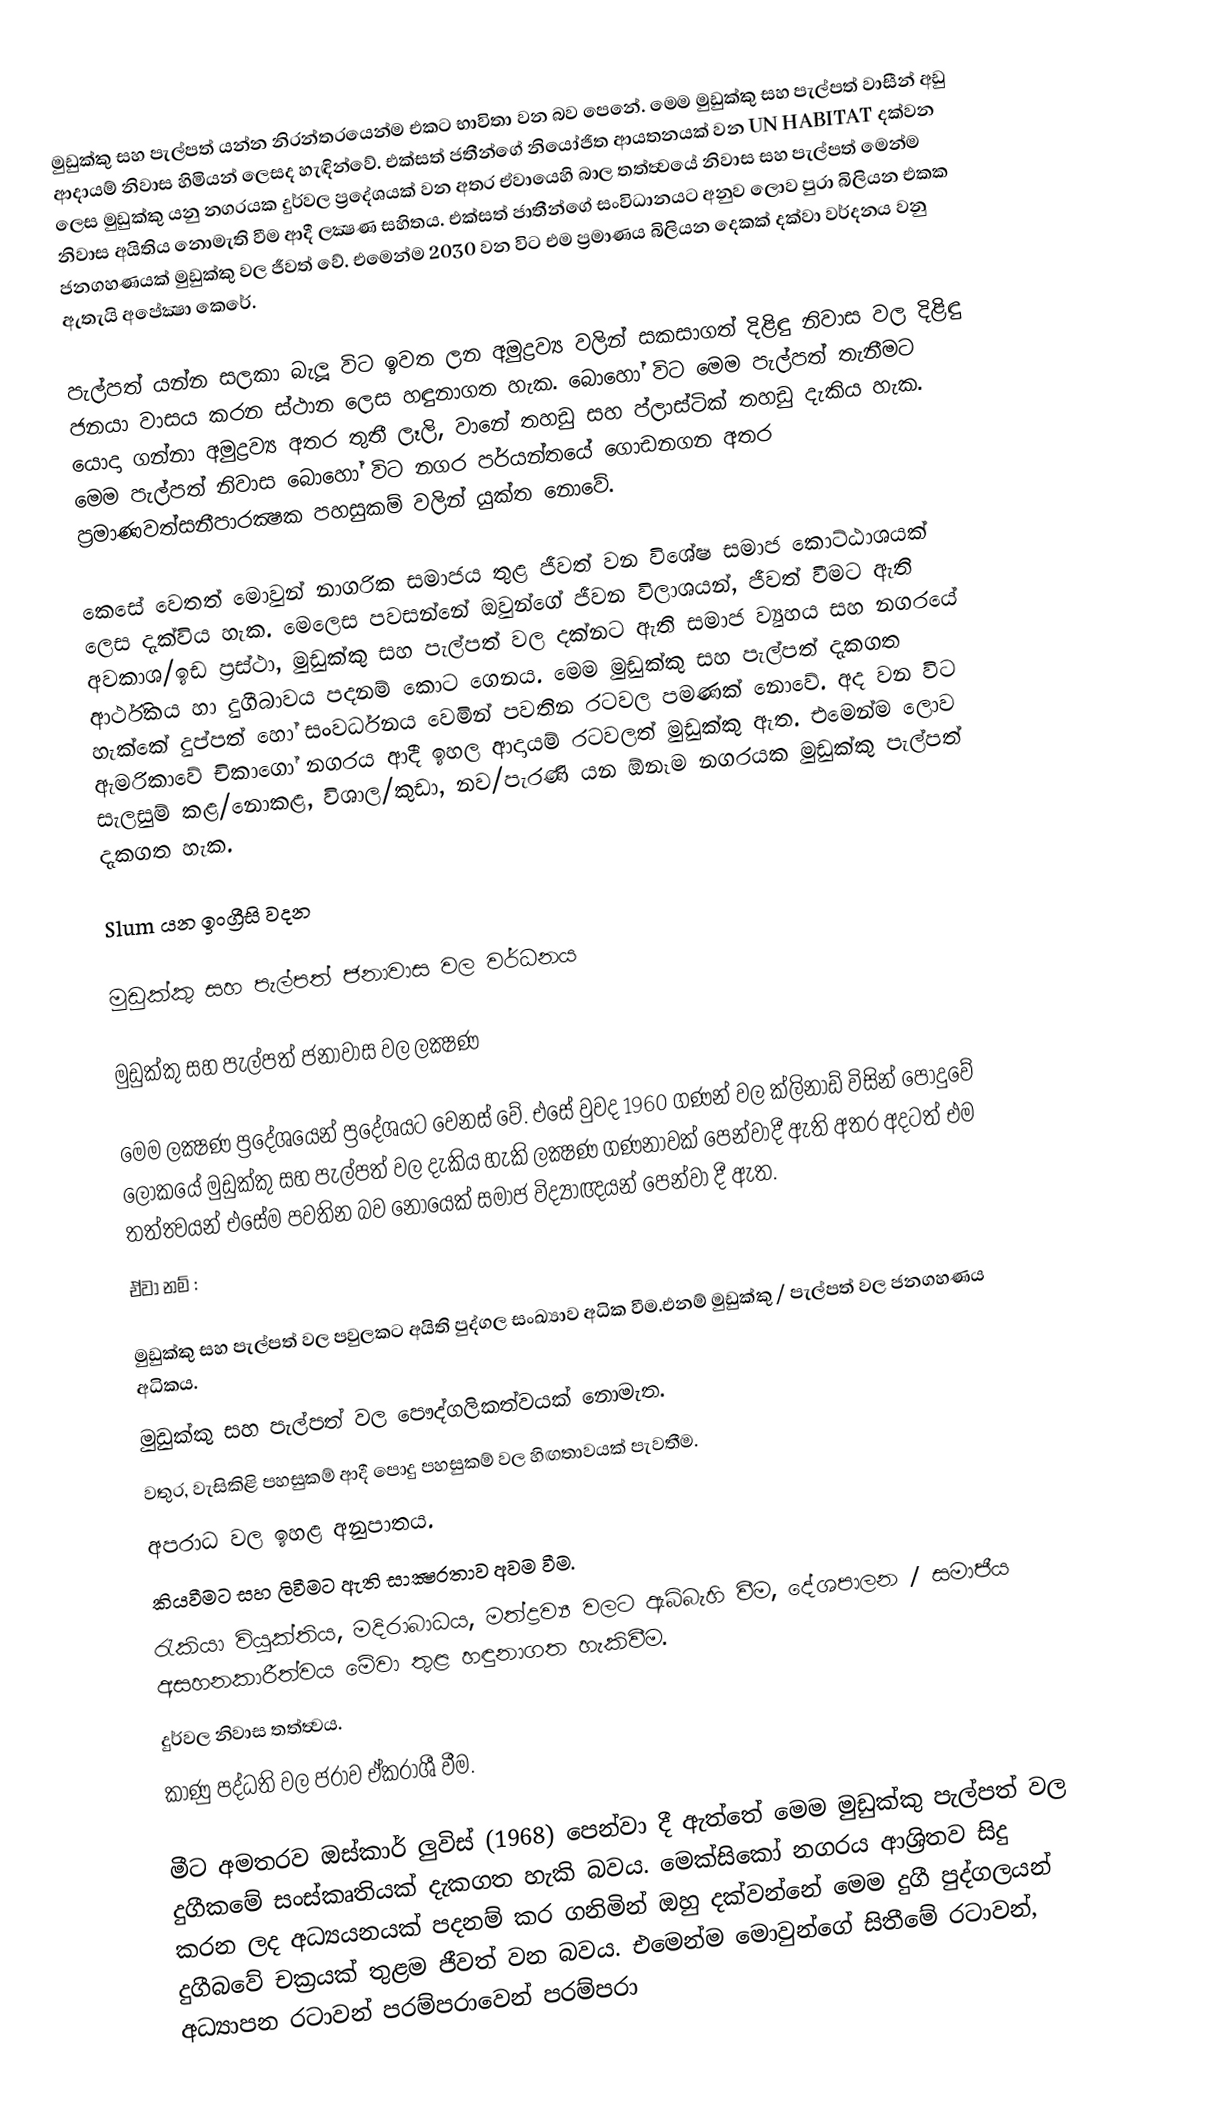
මුඩුක්කු සහ පැල්පත් යන්න නිරන්තරයෙන්ම එකට භාවිතා වන බව පෙනේ. මෙම මුඩුක්කු සහ පැල්පත් වාසීන් අඩු ආදායම් නිවාස හිමියන් ලෙසද හැඳින්වේ. එක්සත් ජතීන්ගේ නියෝජිත ආයතනයක් වන UN HABITAT දක්වන ලෙස මුඩුක්කු යනු නගරයක දුර්වල ප්‍රදේශයක් වන අතර ඒවායෙහි බාල තත්ත්‍වයේ නිවාස සහ පැල්පත් මෙන්ම නිවාස අයිතිය නොමැති වීම ආදී ලක්‍ෂණ සහිතය. එක්සත් ජාතීන්ගේ සංවිධානයට අනුව ලොව පුරා බිලියන එකක ජනගහණයක් මුඩුක්කු වල ජීවත් වේ. එමෙන්ම 2030 වන විට එම ප්‍රමාණය බිලියන දෙකක් දක්වා වර්දනය වනු ඇතැයි අපේක්‍ෂා කෙරේ.

පැල්පත් යන්න සලකා බැලූ විට ඉවත ලන අමුද්‍රව්‍ය වලින් සකසාගත් දිළිඳු නිවාස වල දිළිඳු ජනයා වාසය කරන ස්ථාන ලෙස හඳුනාගත හැක. බොහෝ විට මෙම පැල්පත් තැනීමට යොදා ගන්නා අමුද්‍රව්‍ය අතර තුතී ලෑලි, වානේ තහඩු සහ ප්ලාස්ටික් තහඩු දැකිය හැක. මෙම පැල්පත් නිවාස බොහෝ විට නගර පර්යන්තයේ ගොඩනගන අතර ප්‍රමාණවත්සනීපාරක්‍ෂක පහසුකම් වලින් යුක්ත නොවේ.

කෙසේ වෙතත් මොවුන් නාගරික සමාජය තුළ ජීවත් වන විශේෂ සමාජ කොට්ඨාශයක් ලෙස දැක්විය හැක. මෙලෙස පවසන්නේ ඔවුන්ගේ ජීවන විලාශයන්, ජීවත් වීමට ඇති අවකාශ/ඉඩ ප්‍රස්ථා, මුඩුක්කු සහ පැල්පත් වල දක්නට ඇති සමාජ ව්‍යුහය සහ නගරයේ ආර්ථිකය හා දුගීබාවය පදනම් කොට ගෙනය. මෙම මුඩුක්කු සහ පැල්පත් දැකගත හැක්කේ දුප්පත් හෝ සංවර්ධනය වෙමින් පවතින රටවල පමණක් නොවේ. අද වන විට ඇමරිකාවේ චිකාගෝ නගරය ආදී ඉහල ආදායම් රටවලත් මුඩුක්කු ඇත. එමෙන්ම ලොව සැලසුම් කළ/නොකළ, විශාල/කුඩා, නව/පැරණි යන ඕනෑම නගරයක මුඩුක්කු පැල්පත් දැකගත හැක.

Slum යන ඉංග්‍රීසි වදන

මුඩුක්කු සහ පැල්පත් ජනාවාස වල වර්ධනය

මුඩුක්කු සහ පැල්පත් ජනාවාස වල ලක්‍ෂණ

මෙම ලක්‍ෂණ ප්‍රදේශයෙන් ප්‍රදේශයට වෙනස් වේ. එසේ වුවද 1960 ගණන් වල ක්ලිනාඩ් විසින් පොදුවේ ලෝකයේ මුඩුක්කු සහ පැල්පත් වල දැකිය හැකි ලක්‍ෂණ ගණනාවක් පෙන්වාදී ඇති අතර අදටත් එම තත්ත්‍වයන් එසේම පවතින බව නොයෙක් සමාජ විද්‍යාඥයන් පෙන්වා දී ඇත.
ඒවා නම් :

 මුඩුක්කු සහ පැල්පත් වල පවුලකට අයිති පුද්ගල සංඛ්‍යාව අධික වීම.එනම් මුඩුක්කු / පැල්පත් වල ජනගහණය අධිකය.
 මුඩුක්කු සහ පැල්පත් වල පෞද්ගලිකත්වයක් නොමැත.
 වතුර, වැසිකිළි පහසුකම් ආදී පොදු පහසුකම් වල හිඟතාවයක් පැවතීම.
 අපරාධ වල ඉහළ අනුපාතය.
 කියවීමට සහ ලිවීමට ඇති සාක්‍ෂරතාව අවම වීම.
 රැකියා වියුක්තිය, මදිරාබාධය, මත්ද්‍රව්‍ය වලට ඇබ්බැහි වීම, දේශපාලන / සමාජීය අසහනකාරීත්වය මේවා තුළ හඳුනාගත හැකිවීම.
 දුර්වල නිවාස තත්ත්‍වය.
 කාණු පද්ධති වල ජරාව ඒකරාශී වීම.

මීට අමතරව ඔස්කාර් ලුවිස් (1968) පෙන්වා දී ඇත්තේ මෙම මුඩුක්කු පැල්පත් වල දුගීකමේ සංස්කෘතියක් දැකගත හැකි බවය. මෙක්සිකෝ නගරය ආශ්‍රිතව සිදු කරන ලද අධ්‍යයනයක් පදනම් කර ගනිමින් ඔහු දක්වන්නේ මෙම දුගී පුද්ගලයන් දුගීබවේ චක්‍රයක් තුළම ජීවත් වන බවය. එමෙන්ම මොවුන්ගේ සිතීමේ රටාවන්, අධ්‍යාපන රටාවන් පරම්පරාවෙන් පරම්පරා